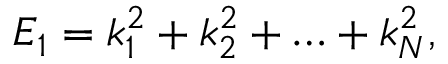
E _ { 1 } = k _ { 1 } ^ { 2 } + k _ { 2 } ^ { 2 } + \ldots + k _ { N } ^ { 2 } ,